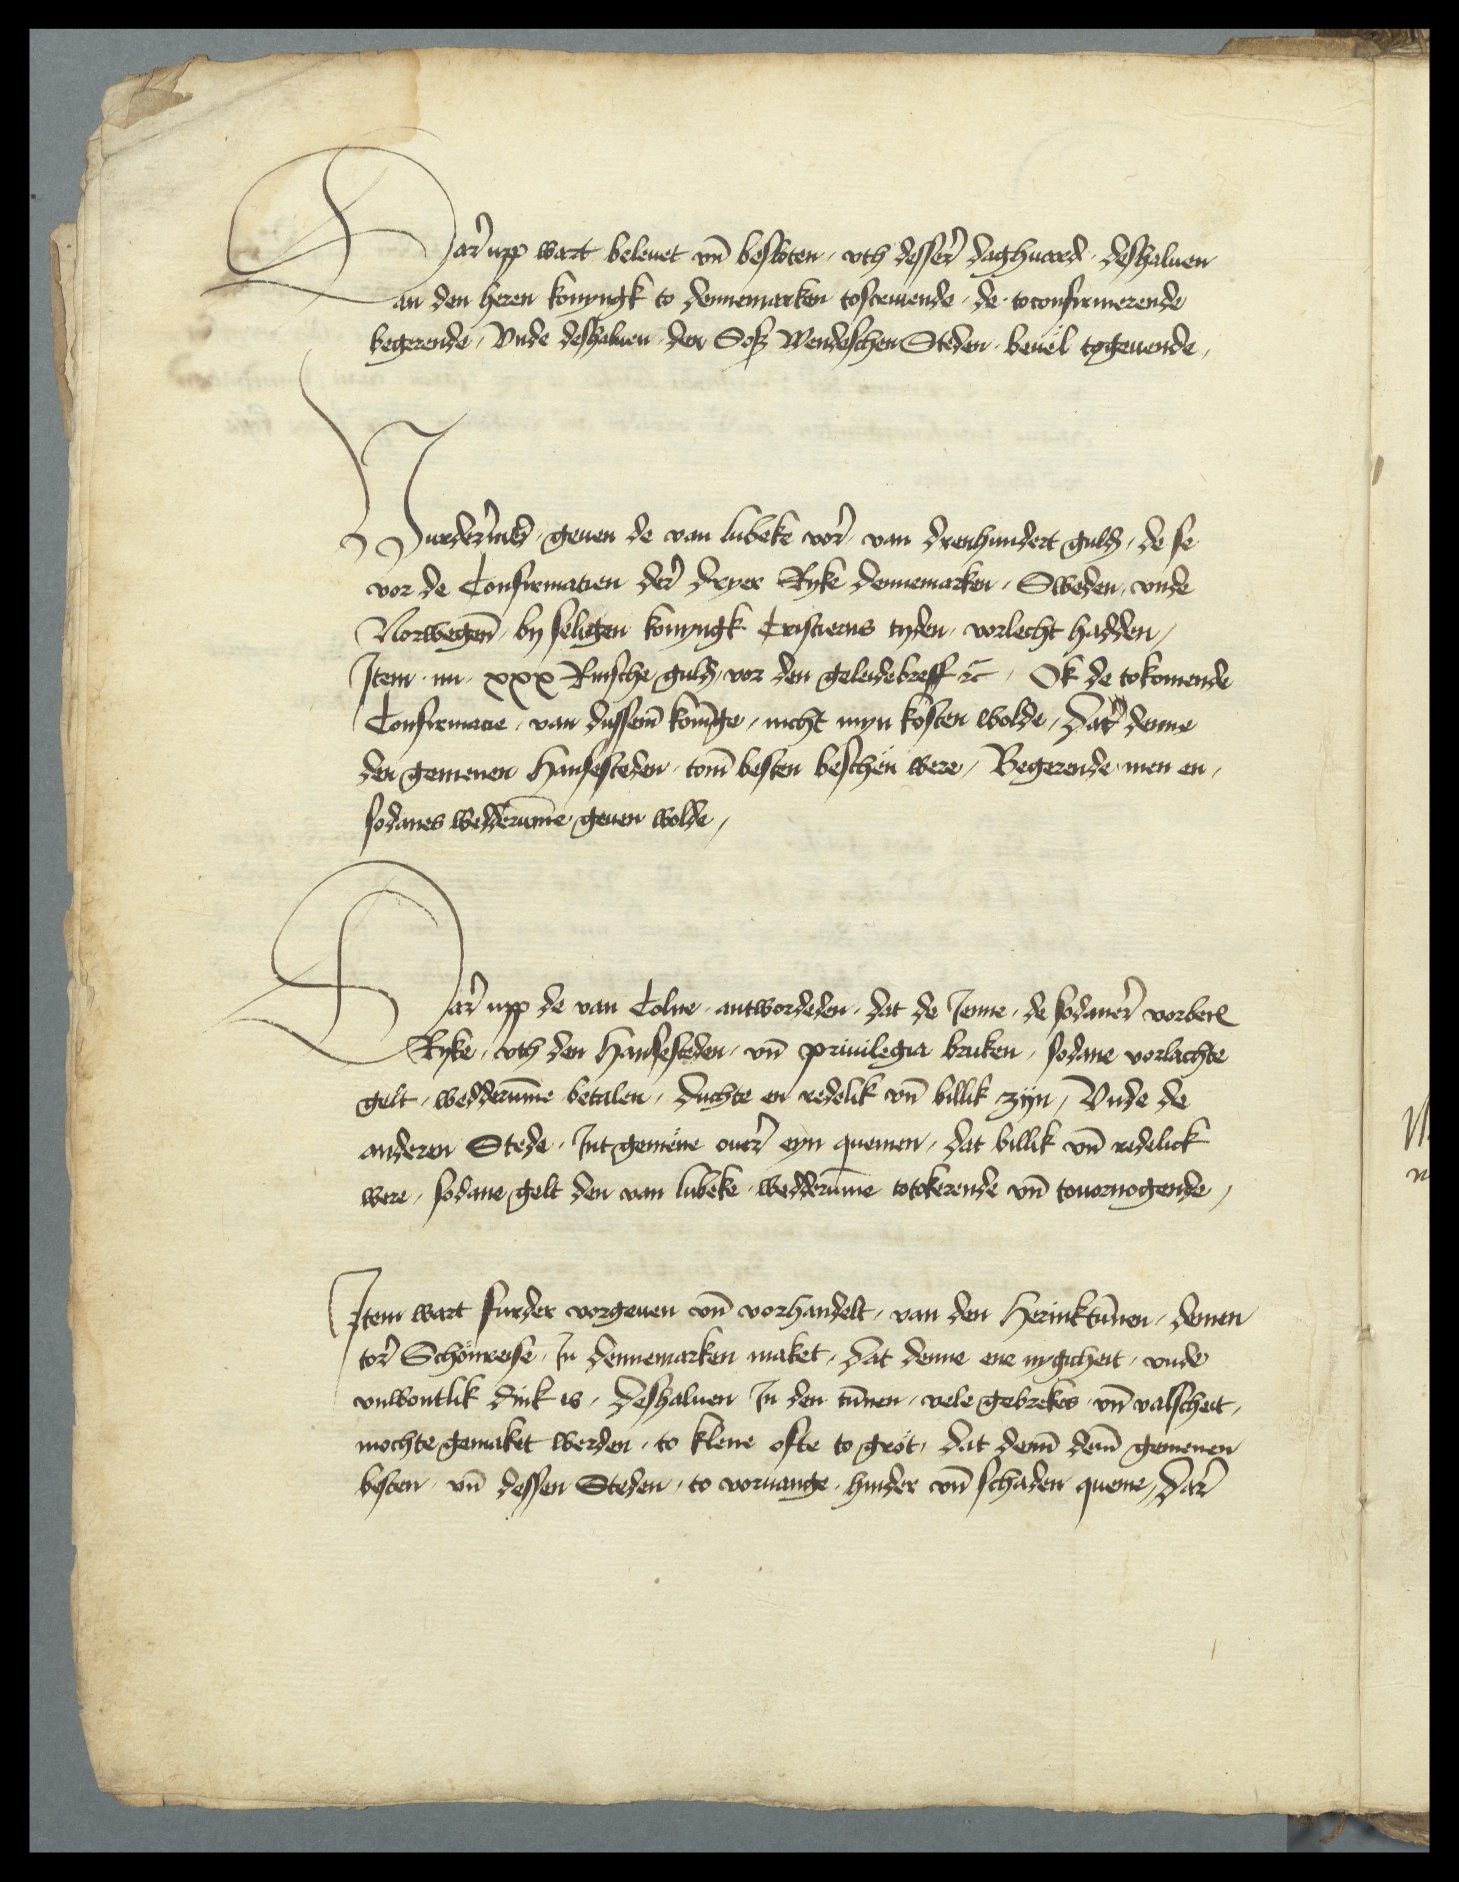
Dar upp wart beleuet vnd besloten, vth desser daghuard deshaluen
an den heren konyngk to Dennemarken toscreuende, de toconfirmerende
begerende, Vnde deshaluen, den Soß Wendeschen Steden beuel togeuende

Vurdermere geuen de van Lubeke vore van drenhundert gulden, de se
vor de Confirmatien der dryer Ryke Dennemarken, Sweden, vnde
Norwegen by seligen konyngk Cristierns tyden, vorlecht hadden,
Jtem nu xxx Rinsche gulden, vor den geleidebreff etcetera, Ok de tokomende
Confirmacie van dussem Koninge, nicht myn kosten wolde, dar denne
den gemenen Hansesteden tome besten beschen were, Begerende men en
sodanes wedderumme geuen wolde,

Dar upp de van Colne, antwordeden, dat de Jenne, de sodanere vorberorden
Ryke vth den Hansesteden, vnd priuilegia bruken, sodane vorlachte
gelt, wedderumme betalen, duchte en redelik vnd billik zyn, Vnde de
anderen Stede Jnt gemene ouer eyn quemen, dat billik vnd redelick
were, sodane, gelt den van Lubeke wedderumme totokerende vnd toueruogende,

Jtem wart furder vorgeuen vnd vorhandelt, van den herinktunnen, demen
tor Schonreyse, Jn Dennemarken maket, dat denne ene nygicheit, vnde
vnwontlik dink is, deshaluen Jn den tunnen, vele gebrekes vnd valscheit
mochte gemaket werden, to klene ofte to grot, dat deme deme gemenen
besten, vnd dessen Steden, to voruange hinder vnd schaden queme, dar